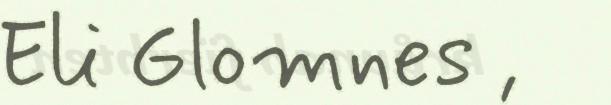
Eli Glomnes ,